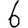
Digit: 6